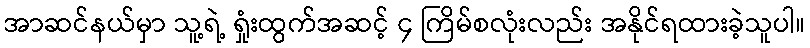
အာဆင်နယ်မှာ သူ့ရဲ့ ရှုံးထွက်အဆင့် ၄ ကြိမ်စလုံးလည်း အနိုင်ရထားခဲ့သူပါ။